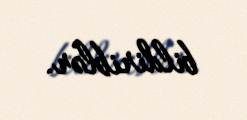
bildiriblər.